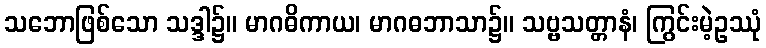
သဘောဖြစ်သော သဒ္ဒါ၌။ မာဂဓိကာယ၊ မာဂဓဘာသာ၌။ သဗ္ဗသတ္တာနံ၊ ကြွင်းမဲ့ဥဿုံ